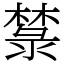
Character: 㯟